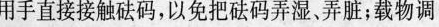
用手直接接触砝码，以免把砝码弄湿、弄脏；载物调